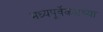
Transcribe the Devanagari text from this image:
मध्यपूर्वेकडच्या